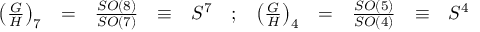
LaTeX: \begin{array} { r c c c l c r c c c l } { { \left( \frac { G } { H } \right) _ { 7 } } } & { { = } } & { { \frac { S O ( 8 ) } { S O ( 7 ) } } } & { { \equiv } } & { { S ^ { 7 } } } & { { ; } } & { { \left( \frac { G } { H } \right) _ { 4 } } } & { { = } } & { { \frac { S O ( 5 ) } { S O ( 4 ) } } } & { { \equiv } } & { { S ^ { 4 } } } \end{array}